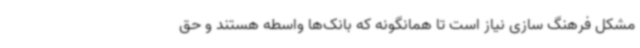
مشکل فرهنگ سازی نیاز است تا همانگونه که بانک‌ها واسطه هستند و حق